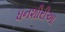
ધનશીરીઆ